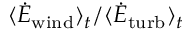
\langle \dot { E } _ { \mathrm { w i n d } } \rangle _ { t } / \langle \dot { E } _ { \mathrm { t u r b } } \rangle _ { t }